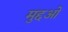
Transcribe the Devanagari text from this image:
मुद्दओ